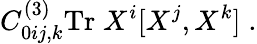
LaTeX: C_{0ij,k}^{(3)}\mathrm{Tr}\; X^{i}[X^{j},X^{k}]\; .